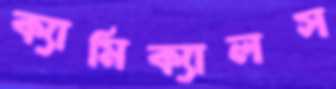
ক্যামিক্যালস